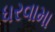
ધરવામા